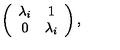
\left( \begin{array} { c c } { \lambda _ { i } } & { 1 } \\ { 0 } & { \lambda _ { i } } \\ \end{array} \right) ,